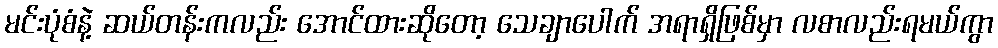
မင်းပုံစံနဲ့ ဆယ်တန်းကလည်း အောင်ထားဆိုတော့ သေချာပေါက် အရာရှိဖြစ်မှာ လစာလည်းရမယ်ကွာ